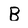
Character: B